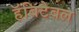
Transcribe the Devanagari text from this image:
हॅबिटेबल